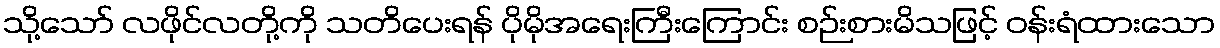
သို့သော် လဖိုင်လတို့ကို သတိပေးရန် ပိုမိုအရေးကြီးကြောင်း စဉ်းစားမိသဖြင့် ဝန်းရံထားသော